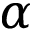
\alpha